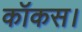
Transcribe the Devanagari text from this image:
कॉकस।